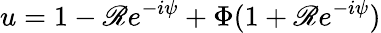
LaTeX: u=1-\mathscr{R}e^{-i\psi}+\Phi(1+\mathscr{R}e^{-i\psi})